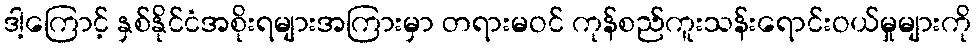
ဒါ့ကြောင့် နှစ်နိုင်ငံအစိုးရများအကြားမှာ တရားမဝင် ကုန်စည်ကူးသန်းရောင်းဝယ်မှုများကို